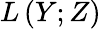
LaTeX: L\left(Y;Z\right)